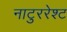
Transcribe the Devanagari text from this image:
नाटुररेश्ट